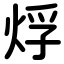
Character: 烰